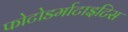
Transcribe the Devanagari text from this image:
फोटोडर्माटाइटिस